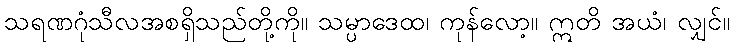
သရဏဂုံသီလအစရှိသည်တို့ကို။ သမ္ပာဒေထ၊ ကုန်လော့။ ဣတိ အယံ၊ လျှင်။